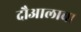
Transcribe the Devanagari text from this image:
दौआलाचा